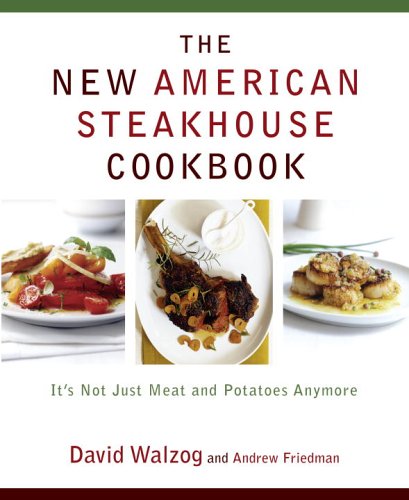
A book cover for The New American Steakhouse Cookbook: It's Not Just Meat and Potatoes Anymore; David Walzog; Cookbooks, Food & Wine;